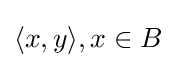
\langle x,y\rangle ,x\in B